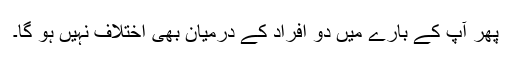
پھر آپ کے بارے میں دو افراد کے درمیان بھی اختلاف نہیں ہو گا۔